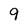
Character: 9